Civil Veterinary Dept. Bombay admin report 1907-1913 - 1907-1913
Year: 1907
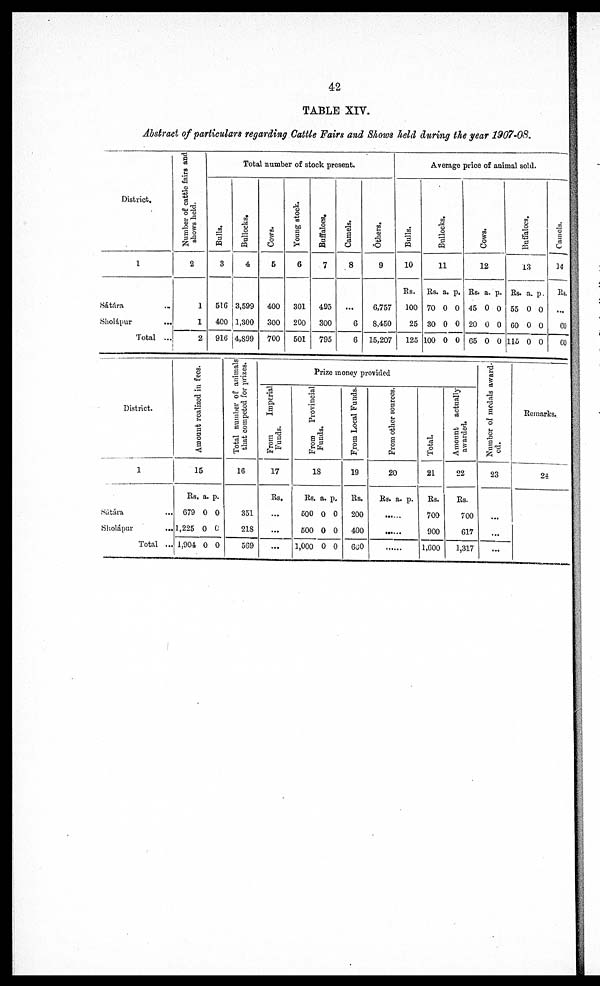
42
TABLE XIV.
Abstract of particulars regarding Cattle Fairs and Shows held during the year 1907-08.
District.
1
Sátára ...
Sholápur
...
Total ...
Number of cattle fairs and
shows held.
2
1
1
2
Total number of stock present.
Bulls.
8
516
400
910
Bullocks.
4
3,599
1,300
4,899
Cows.
6
400
300
700
Young stock.
6
301
200
501
Buffaloes.
7
495
300
795
Camels.
8
...
6
6
Others.
9
6,757
8,450
15,207
Average price of animal sold.
Bulls.
10
Rs.
100
25
125
Bullocks.
11
Rs. a. p.
70 0 0
80 0 0
100 0 0
Cows.
12
Rs. a. p.
45 0 0
20 0 0
65 0 0
Buffaloes.
13
Rs. a. p.
55 0 0
60 0 0
115 0 0
Camels.
14
Rs.
...
60
60
District.
1
Sátára
...
Sholápur
...
Total ...
Amount realized in fees.
15
Rs. a. p.
679 0 0
1,225 0 0
1,904 0 0
Total number
of animals
that competed for prizes.
16
351
218
569
Prize money provided
From
Imperial
Funds.
17
Rs.
...
...
...
From
Provincial
Funds.
18
Rs. a. p.
600 0 0
500 0 0
1,000 0 0
From Local Funds.
19
Rs.
200
400
600
From other sources.
20
Rs. a. p.
......
......
......
Total.
21
Rs.
700
900
1,600
Amount actually
awarded.
22
Rs.
700
617
1,317
Number of medals award-
ed.
23
...
...
...
Remarks.
24